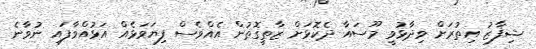
ޝިފާޒު އިތުރަށް ވިދާޅުވީ މޫސައާ ދެކޮޅަށް ޒާތީގޮތުން އެއްވެސް ފިޔަަވަޅެއް އަޅުއްވާފައި ނުވާނެ